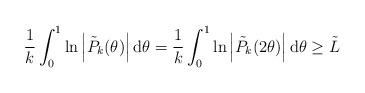
LaTeX: \begin{align*}\frac{1}{k} \int_{0}^{1} \ln \left|\tilde{P}_{k}(\theta)\right| \mathrm{d} \theta=\frac{1}{k} \int_{0}^{1} \ln \left|\tilde{P}_{k}(2 \theta)\right| \mathrm{d} \theta \geq \tilde{L}\end{align*}